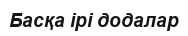
Басқа ірі додалар